65_HS1-834228961_62-HQ-83894_Section_10
Agency: FBI
Page 66
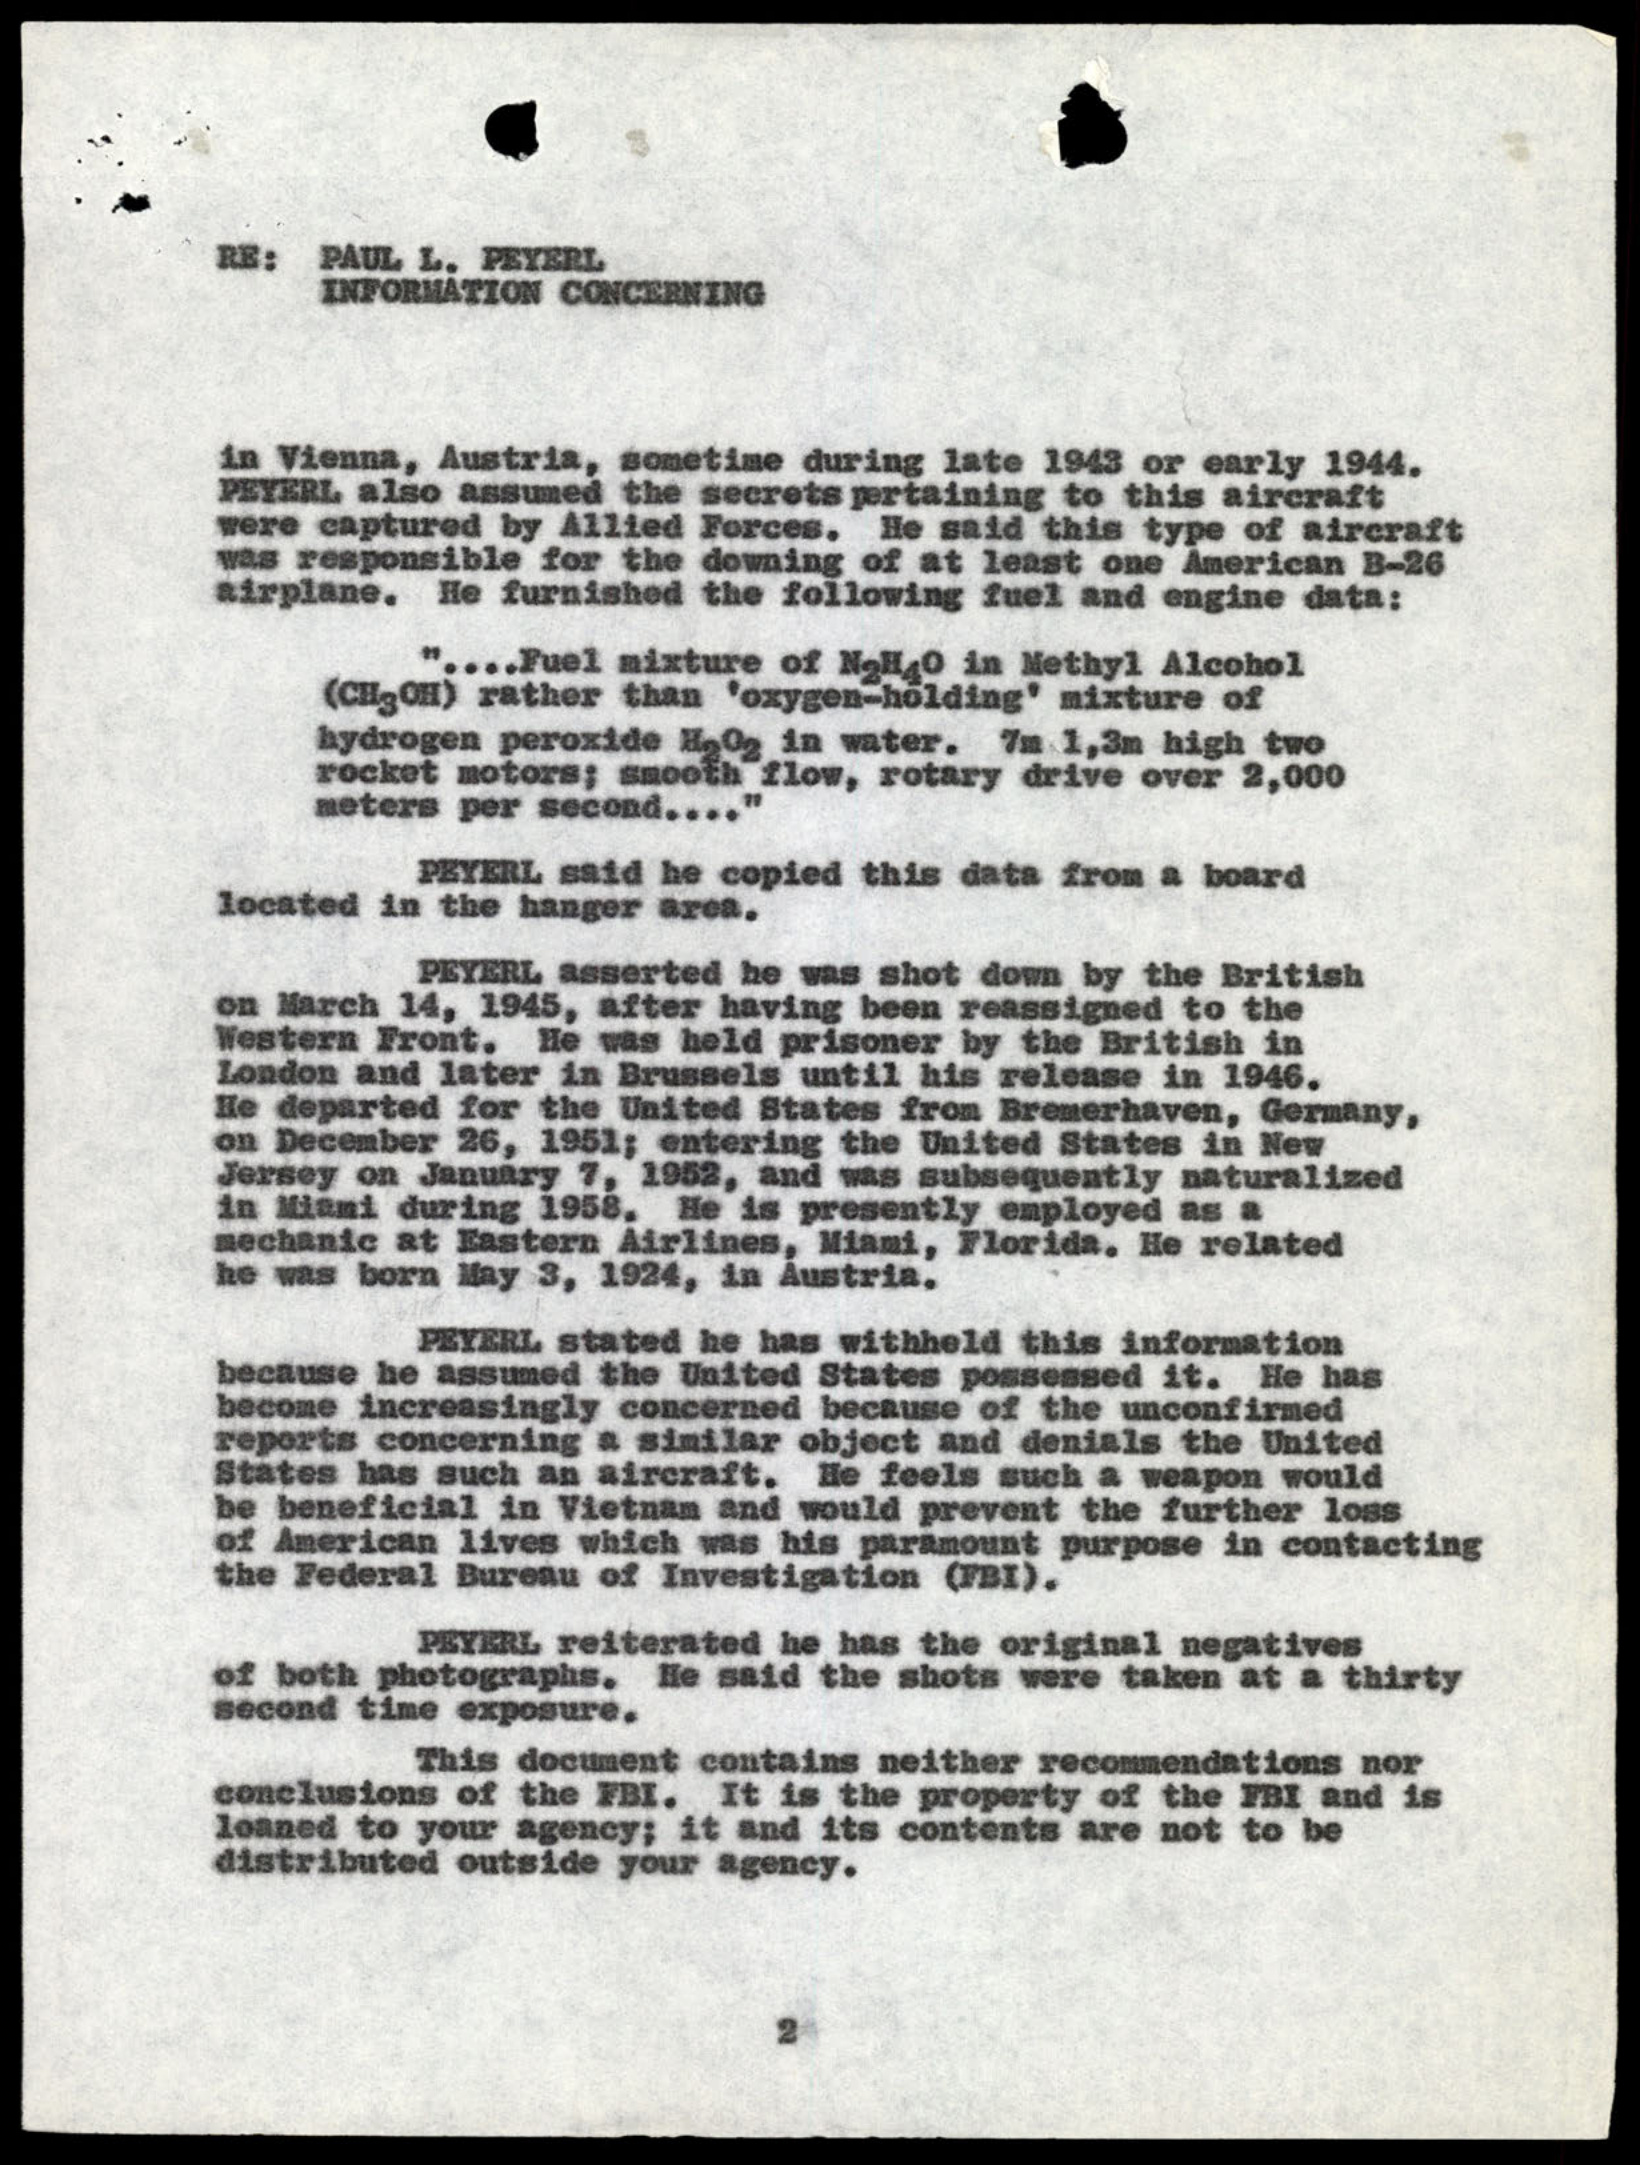